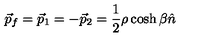
\vec { p } _ { f } = \vec { p } _ { 1 } = - \vec { p } _ { 2 } = \frac { 1 } { 2 } \rho \cosh \beta \hat { n }